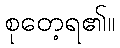
စုတေ့ရ၏။